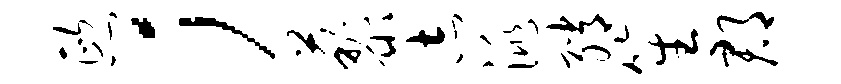
熙；藜志洮绡笙郡